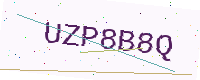
Text: UZP8B8Q